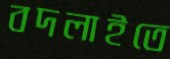
বদলাইতে